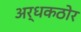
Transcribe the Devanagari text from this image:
अर्धकठोर